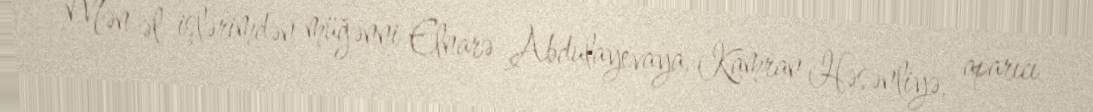
Mən əl işlərimdən müğənni Elnarə Abdulayevaya, Kamran Həsənliyə, aparıcı